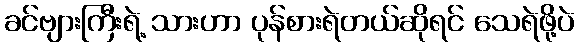
ခင်ဗျားကြီးရဲ့ သားဟာ ပုန်စားရဲတယ်ဆိုရင် သေရဲဖို့ပဲ